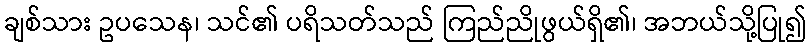
ချစ်သား ဥပသေန၊ သင်၏ ပရိသတ်သည် ကြည်ညိုဖွယ်ရှိ၏၊ အဘယ်သို့ပြု၍